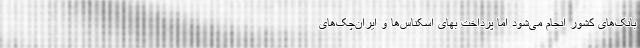
بانک‌های کشور انجام می‌شود اما پرداخت بهای اسکناس‌ها و ایران‌چک‌های